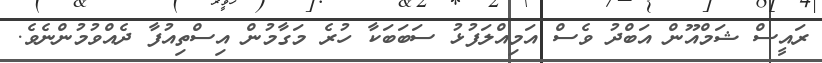
ރައީސް ޝަމްއޫން އަބްދު ވެސް އަމިއްލަފުޅު ސަބަބަކާ ހުރެ މަގާމުން އިސްތިއުފާ ދެއްވުމުންނެވެ.